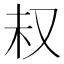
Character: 𫨴